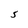
Character: S